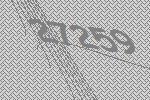
27259